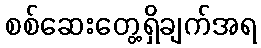
စစ်ဆေးတွေ့ရှိချက်အရ